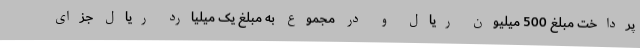
پرداخت مبلغ 500 میلیون ریال و در مجموع به مبلغ یک میلیارد ریال جزای